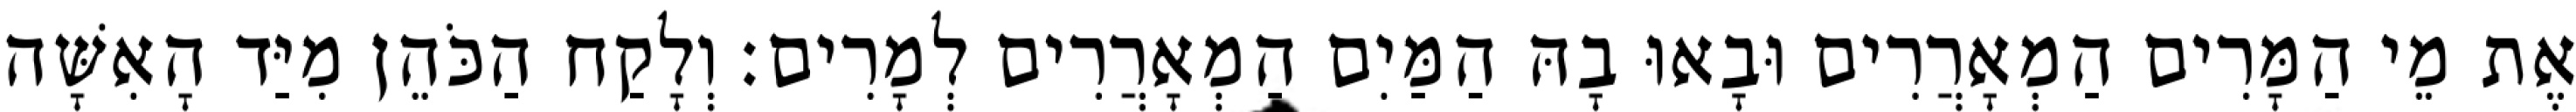
אֶת מֵי הַמָּרִים הַמְאָרֲרִים וּבָאוּ בָהּ הַמַּיִם הַמְאָרֲרִים לְמָרִים׃ וְלָקַח הַכֹּהֵן מִיַּד הָאִשָּׁה